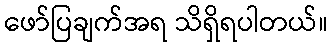
ဖော်ပြချက်အရ သိရှိရပါတယ်။